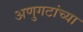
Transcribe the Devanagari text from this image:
अणुगटांच्या